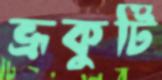
ভ্রূকুটি